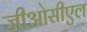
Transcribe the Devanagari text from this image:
जीओसीएल